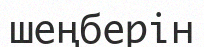
шеңберін